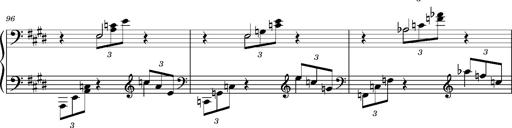
Title: PrÃ©ludes et Harmonies poÃ©tiques et religieuses
Composer: Franz Liszt